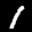
Label: 1